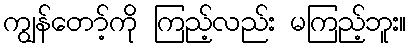
ကျွန်တော့်ကို ကြည့်လည်း မကြည့်ဘူး။